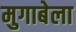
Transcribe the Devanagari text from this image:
मुगाबेला